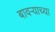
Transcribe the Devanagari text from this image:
बावऱ्याच्या